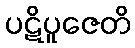
ပဋိပူဇေတိ